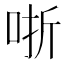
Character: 哳